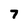
Character: 7